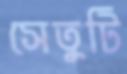
সেতুটি